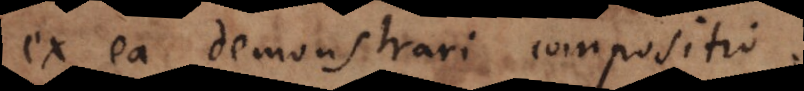
ex ea demonstrari compositio.